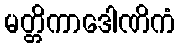
မတ္တိကာဒေါဏိကံ